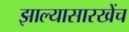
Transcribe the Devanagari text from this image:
झाल्यासारखेंच